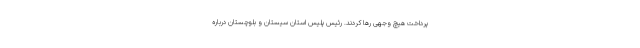
پرداخت هیچ وجهی رها کردند. رئیس پلیس استان سیستان و بلوچستان درباره